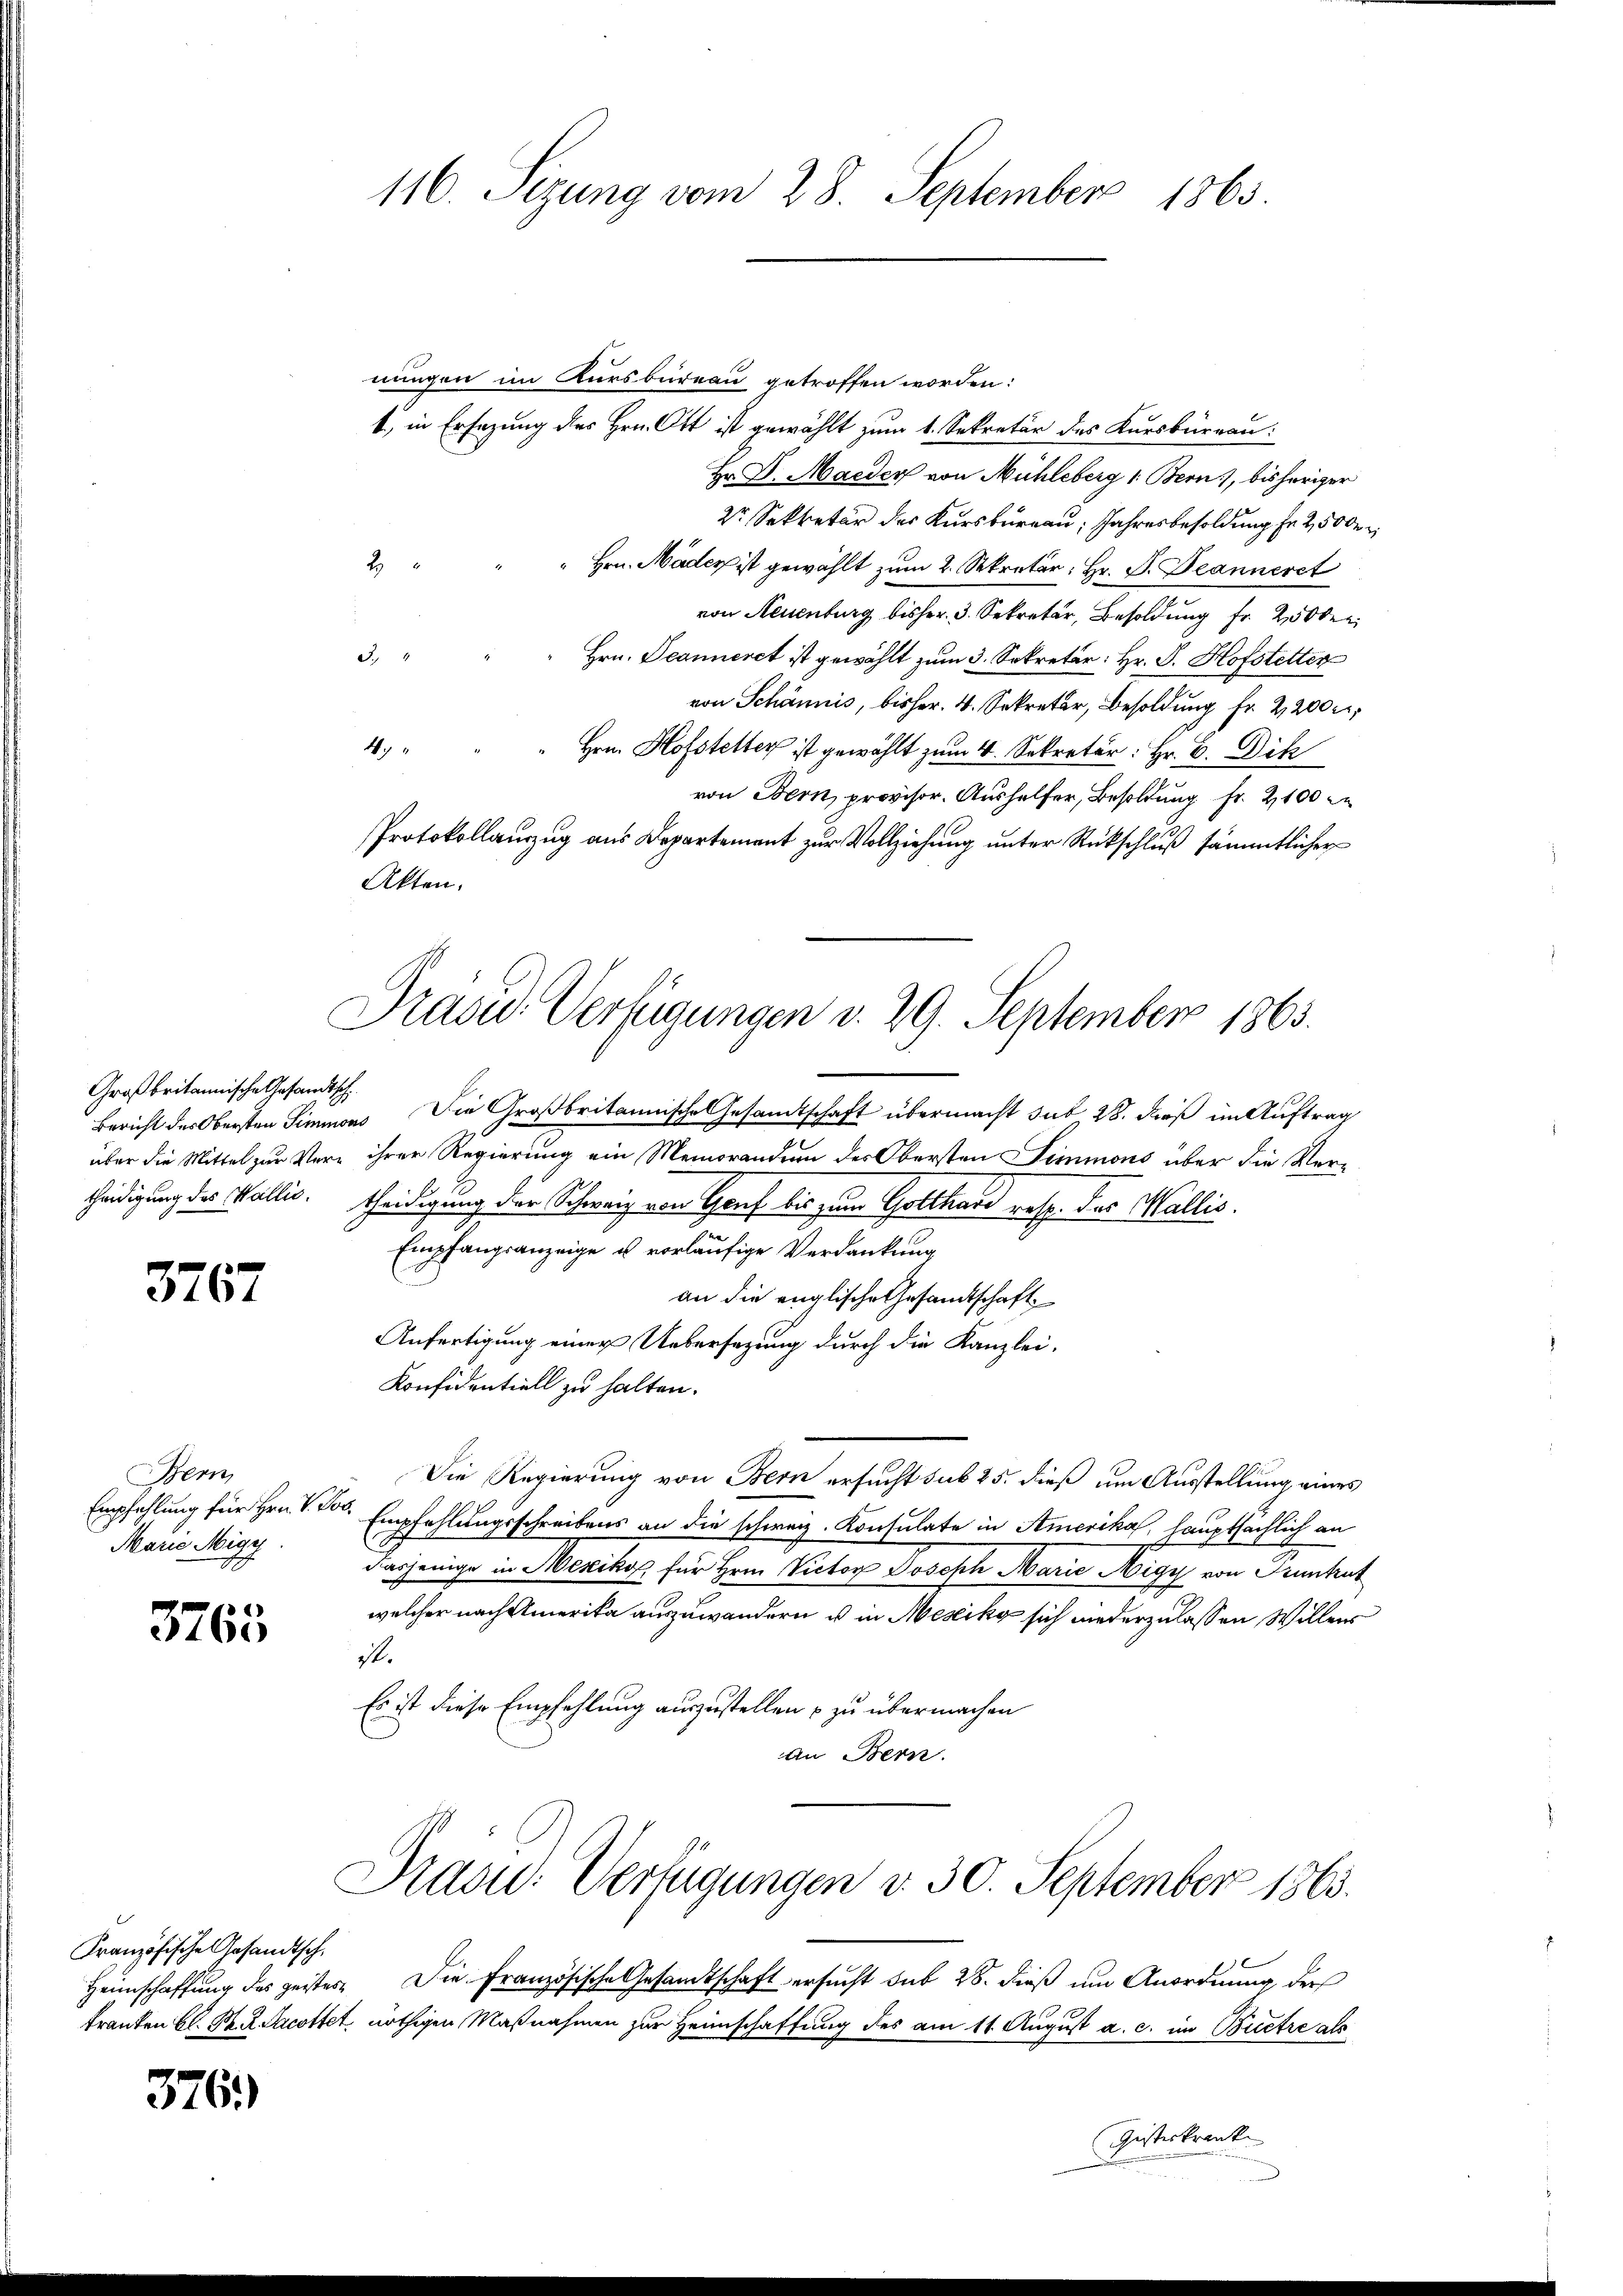
Großbritannische Gesandtsch

3767

Bern
Empfehlung für Hrn. V. Do
Marie Migy.

3765

Französische Gesandtsch

376.)

116. Sizung vom 28. September 1863.

Präsid. Verfügungen v. 29. September 1865.

nungen im Kursbureau getroffen worden:
1, in Ersezung des Hrn. Ott ist gewählt zum 1. Sekretär des Kursburgau:
Hr Dr. Maeder von Mühleberg 1. Bern), bisheriger
2r Sekretär des Kursbureau, Jahresbesoldung fr 25000
2
" Hrn. Mader ist gewählt zum 2. Sekretär, Hr. P. Deanneret
von Neuenburg bisher, 3. Sekretär, Besoldung fr. 2000
d
Hrn. Jeanneret ist gewählt zum 3. Sekretär: Hr. P. Hofstetter
von Schännis, bisher. 4. Sekretär, Besoldung fr. 2200 r.
4. " " " Hrn. Hofstetter ist gewählt zum 4. Sekretär: Hr. C. Dik
von Bern, provisor. Aushelfer, Besoldung Fr. 2100
Protokollauszug aus Departement zur Vollziehung unter Rückschluß sämmtlicher
Akten.
Bericht des Obersten Simmons Die Großbritannische Gesamtschaft übermacht sub 28. dieß im Auftrag
über die Mittel zur Vere ihrer Regierung ein Memorandum des Obersten Simmons über die Vercheidigung des Wallis. theidigung der Schweiz von Genf bis zum Gotthard resp. das Wallis.
Empfangsanzeige u. vorläufige Verdankung
8
an die englische Gesandtschaft
Anfertigung einer Uebersezung durch die Kanzlei-
Konfidentiell zu halten.
Die Regierung von Bern ersucht sub 25. dieß um Ausstellung eines
Empfehlungsschreibens an die schweiz. Konsulate in Amerika, hauptsächlich an
dasjenige in Mexikos für Hrn. Victor Joseph Marie Nigy von Trunkut
welcher nach Amerika auszuwandern u. in Mesikg sich wiederzulassen Willen
ist.
Es ist diese Empfehlung auszustellen u zu übermachen
an Bern.

Präsid. Verfügungen d. 30. September 1863.

Heimschaffung des geistes Die Französische Gesandtschaft ersucht sub 28. dieß um Anordnung der
tranten Bl. M. D. Jacottet, nöthigen Maßnahmen zur Heimschaffung des am 11. August a. c. im Buctre als
Güsterkrank